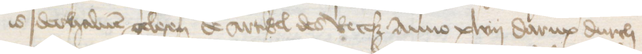
is derhaluen gelesen de artikel des Receß Anno xlvij darup durch